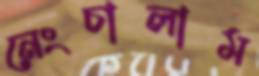
নেংচালাম